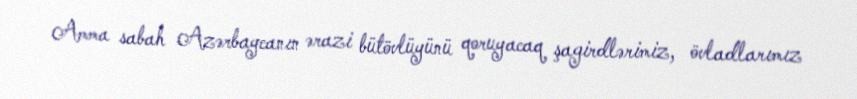
Amma sabah Azərbaycanın ərazi bütövlüyünü qoruyacaq şagirdlərimiz, övladlarımız